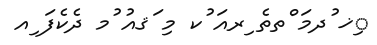
ިޚ ުދމަ ްތތެ ިރއަ ުކ މި ަޤއު ުމ ދެކެފަ ިއ